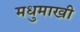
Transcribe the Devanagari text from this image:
मधुमाखी